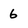
Character: 6